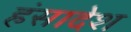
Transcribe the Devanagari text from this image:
हंसादेश